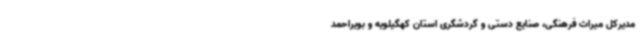
مدیرکل میراث فرهنگی، صنایع دستی و گردشگری استان کهگیلویه و بویراحمد